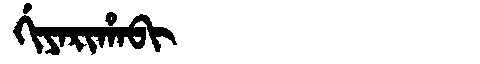
Manchu: ᡤᡳᠶᠠᡵᡳᡥᠠᠪᡳ
Romanization: GIYARIHABI